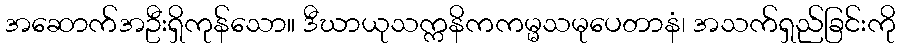
အဆောက်အဦးရှိကုန်သော။ ဒီဃာယုသက္ကနိကကမ္မသမုပေတာနံ၊ အသက်ရှည်ခြင်းကို